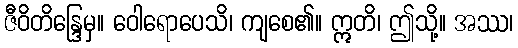
ဇီဝိတိန္ဒြေမှ။ ဝေါရောပေသိ၊ ကျစေ၏။ ဣတိ၊ ဤသို့။ အဿ၊